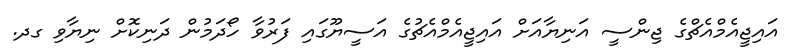
އައިޖީއެމްއެޗްގެ ޖިންސީ އަނިޔާއަށް އައިޖީއެމްއެޗުގެ އަސީޔޫގައި ފަރުވާ ހޯދަމުން ދަނިކޮށް ނިޔާވި ގދ.